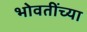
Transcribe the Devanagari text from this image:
भोवतींच्या